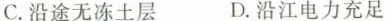
C.沿途无冻土层 D.沿江电力充足